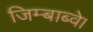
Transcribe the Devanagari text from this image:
जिम्बाब्वे।